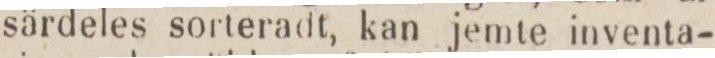
särdeles sorteradt, kan jemte inventa-